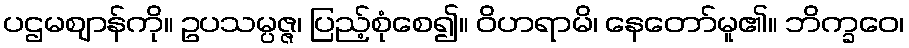
ပဌမဈာန်ကို။ ဥပသမ္ပဇ္ဇ၊ ပြည့်စုံစေ၍။ ဝိဟရာမိ၊ နေတော်မူ၏။ ဘိက္ခဝေ၊